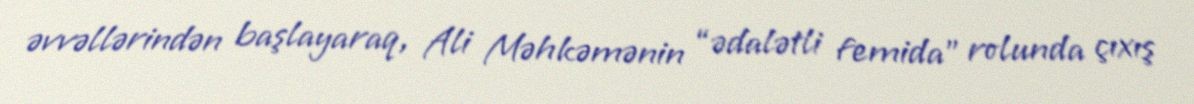
əvvəllərindən başlayaraq, Ali Məhkəmənin “ədalətli femida” rolunda çıxış